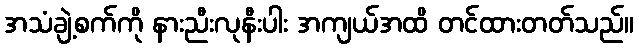
အသံချဲ့စက်ကို နားညီးလုနီးပါး အကျယ်အထိ တင်ထားတတ်သည်။